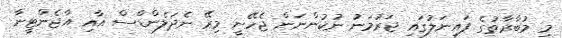
މި މުބާރާތުގެ ފައިނަލުގައި ޖަރުމަނު ނުކުންނަން ޖެހޭނީ މިރޭ ނެދަލެންޑްސް އާއި އާޖެންޓީނާ